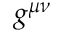
g ^ { \mu \nu }